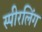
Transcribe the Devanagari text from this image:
स्पीरलिंग